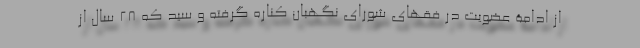
از ادامۀ عضویت در فقهای شورای نگهبان کناره گرفته و سید که 28 سال از